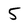
Character: 5